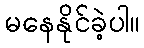
မနေနိုင်ခဲ့ပါ။